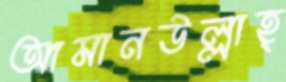
আমানউল্লাহ্